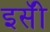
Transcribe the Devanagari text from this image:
इसॅी